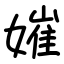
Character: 㜠